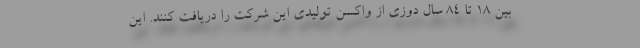
بین 18 تا 84 سال دوزی از واکسن تولیدی این شرکت را دریافت کنند. این